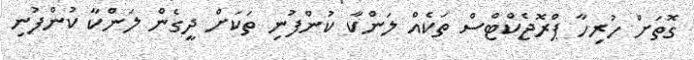
ގޮތަށް ހުރިހާ ޕްރޮޖެކްޓްސް ތަކެއް ލަންކާ ކުންފުނި ތަކަށް ދީގެން ލަންކާ ކުންފުނި